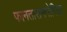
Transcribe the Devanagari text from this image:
फानतासमगोरिया